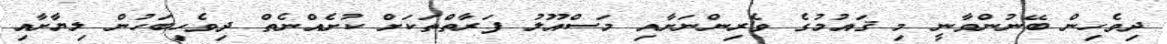
ދިވެހިން ބޭނުންވާނީ މި ޤައުމުގެ ވެރިންނަށާއި މަސްއޫލު ފަރާތްތަކަށް ކުށެއްނެތް ދިވެހިބަހުން ލިޔާށާއި